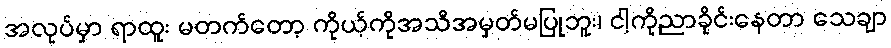
အလုပ်မှာ ရာထူး မတက်တော့ ကိုယ့်ကိုအသိအမှတ်မပြုဘူး၊ ငါ့ကိုညာခိုင်းနေတာ သေချာ